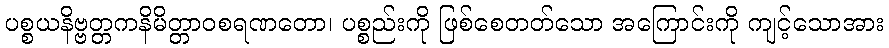
ပစ္စယနိဗ္ဗတ္တကနိမိတ္တာဝစရဏတော၊ ပစ္စည်းကို ဖြစ်စေတတ်သော အကြောင်းကို ကျင့်သောအား